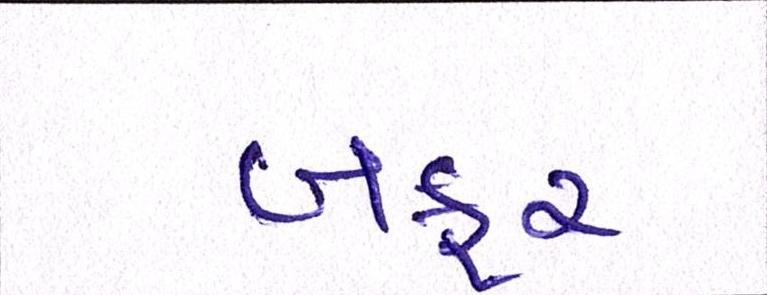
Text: બફર